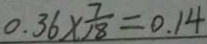
0 . 3 6 \times \frac { 7 } { 1 8 } = 0 . 1 4